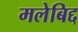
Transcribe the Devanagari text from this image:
मलेबिद्द